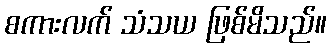
စကားလက် သံသယ ဖြစ်မိသည်။